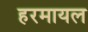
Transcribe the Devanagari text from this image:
हरमायल